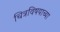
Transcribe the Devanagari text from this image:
चित्रविषयाच्या